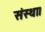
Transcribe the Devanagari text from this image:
संस्था।